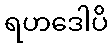
ရဟဒေါပိ